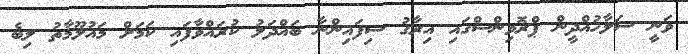
ވަނީ ސަލާހުއްދީން ޕްރޮވިންސްގައި އިރާގު ސިފައިންނާ ބައްދަލު ކުރައްވާފައި ކަމަށް މައުލޫމާތު ލިބެ